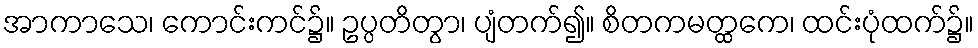
အာကာသေ၊ ကောင်းကင်၌။ ဥပ္ပတိတွာ၊ ပျံတက်၍။ စိတကမတ္ထကေ၊ ထင်းပုံထက်၌။